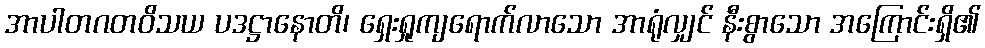
အာပါတဂတဝိသယ ပဒဋ္ဌာနောတိ၊ ရှေးရှုကျရောက်လာသော အာရုံလျှင် နီးစွာသော အကြောင်းရှိ၏